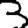
Digit: 3